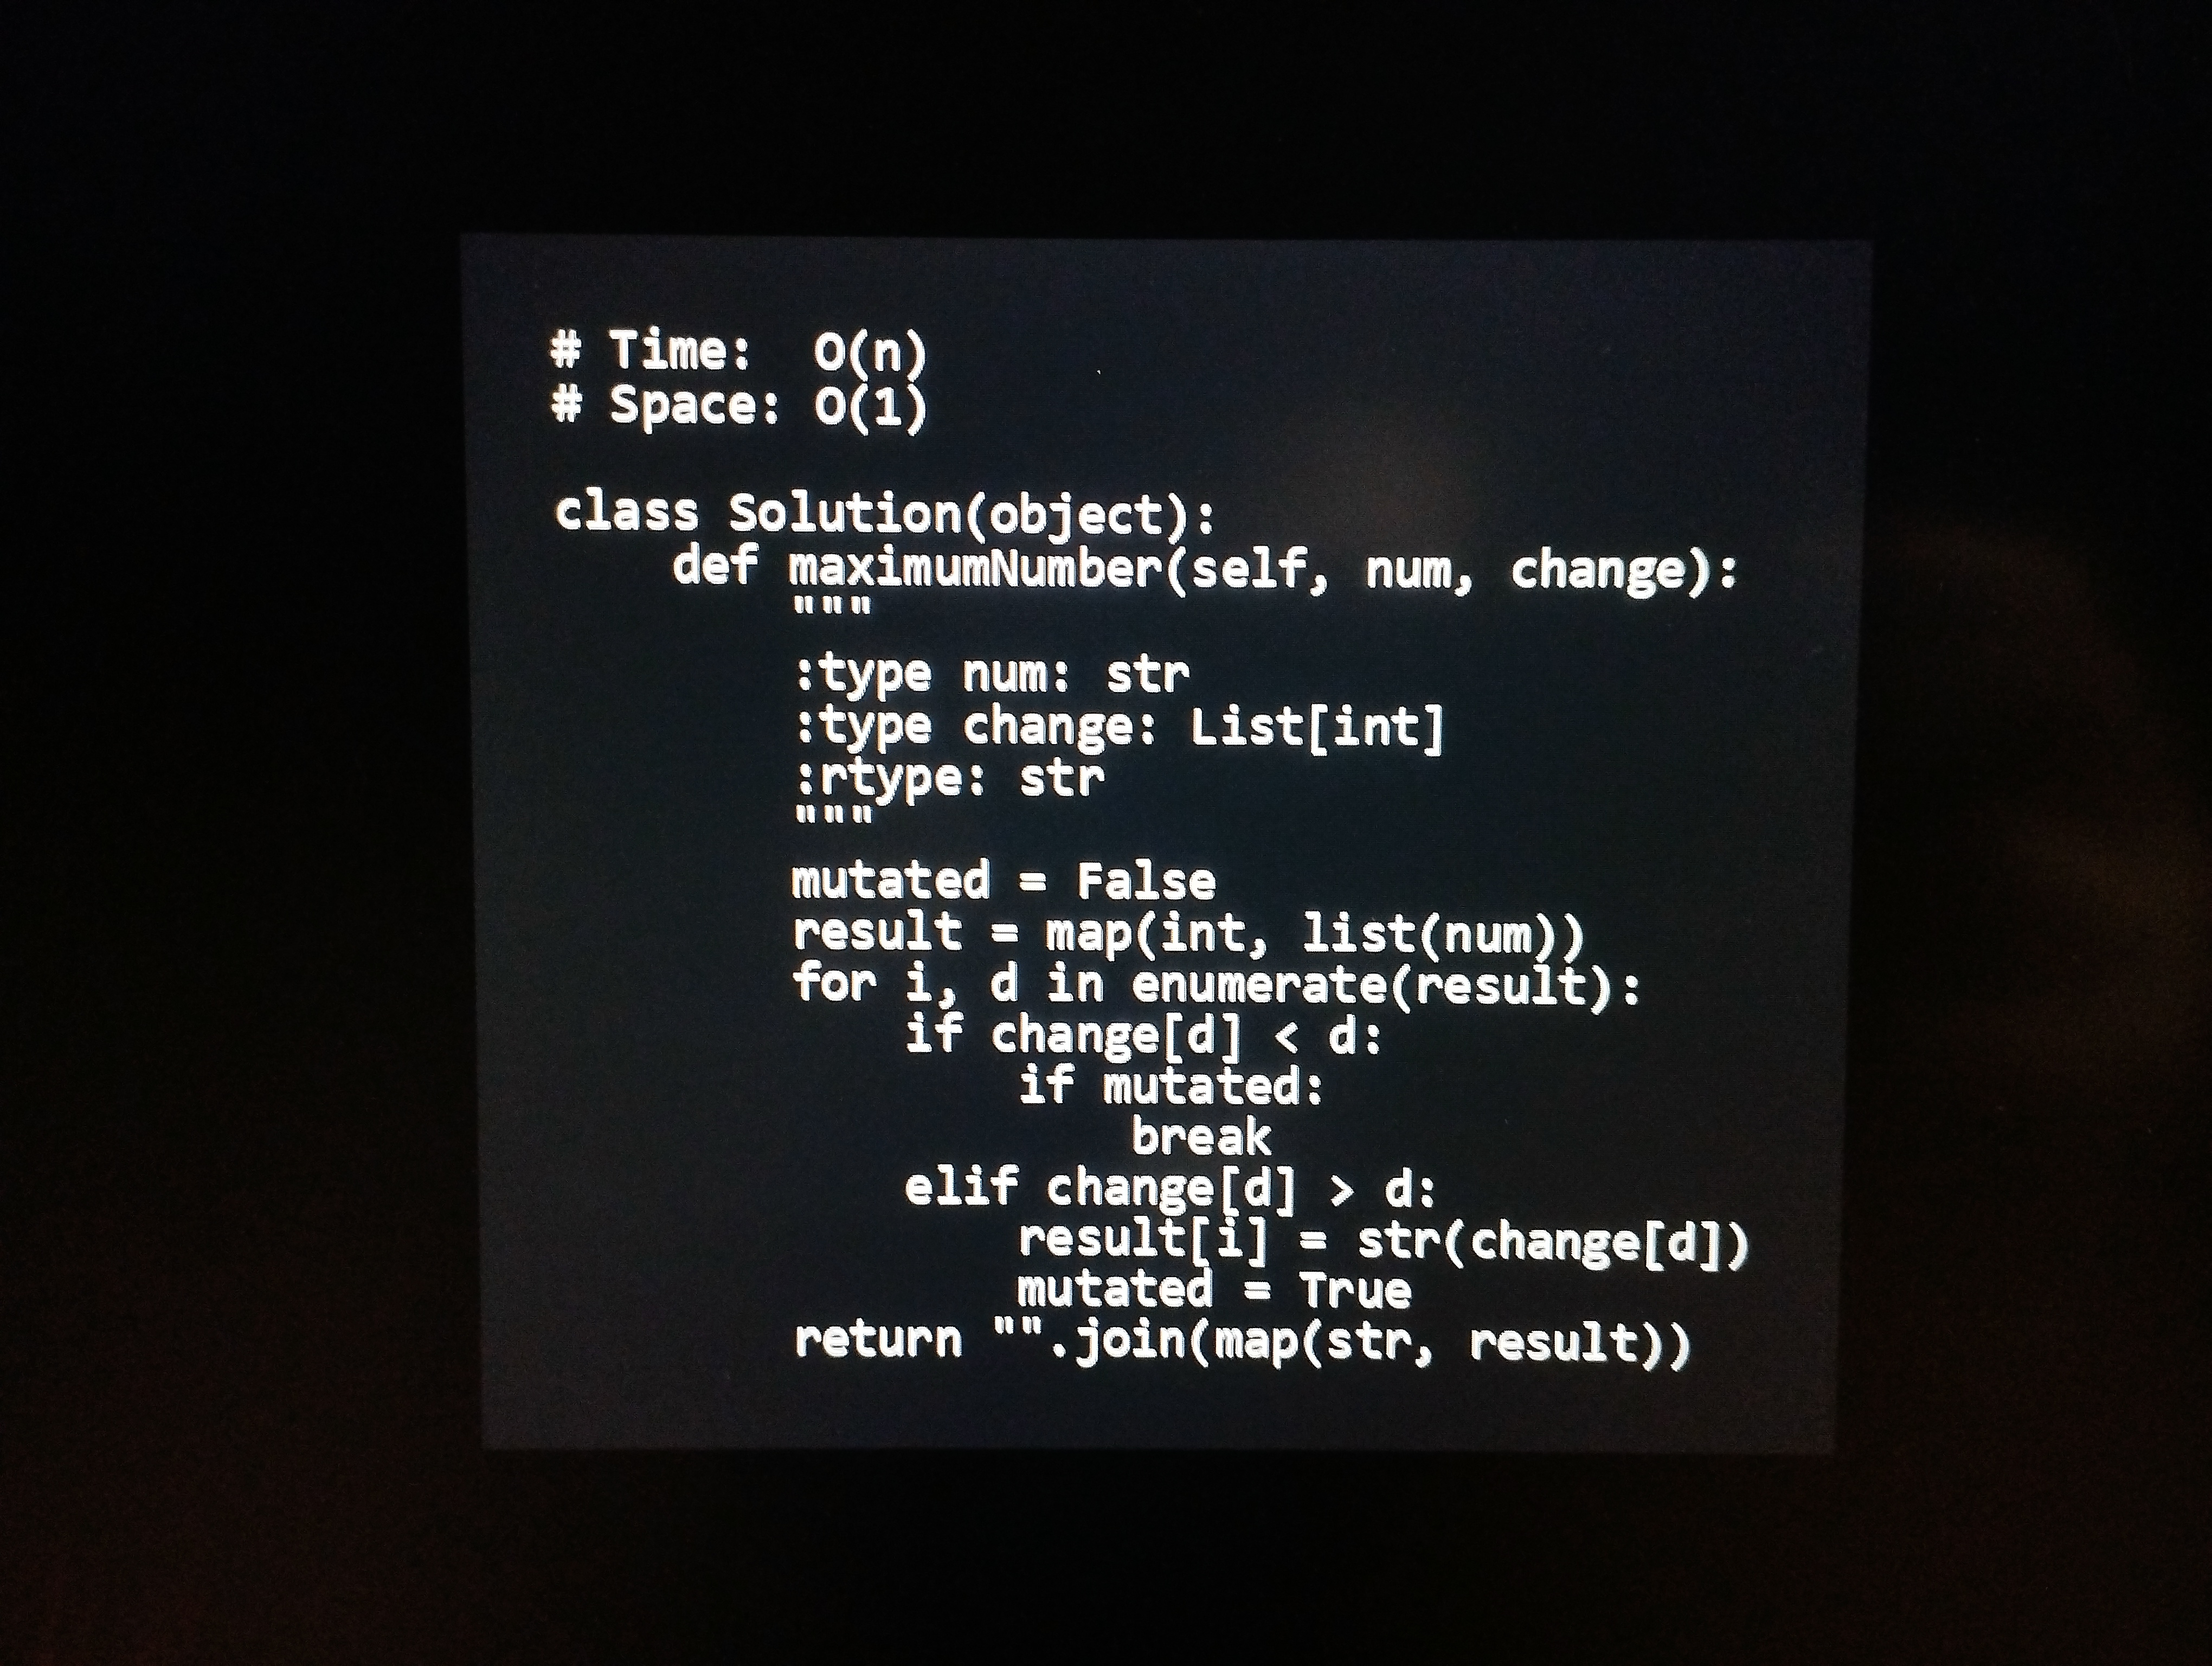
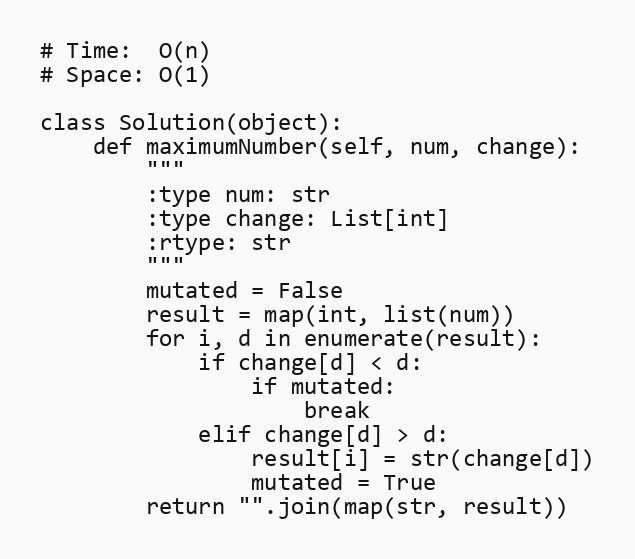
# Time:  O(n)
# Space: O(1)

class Solution(object):
    def maximumNumber(self, num, change):
        """
        :type num: str
        :type change: List[int]
        :rtype: str
        """
        mutated = False
        result = map(int, list(num))
        for i, d in enumerate(result):
            if change[d] < d:
                if mutated:
                    break
            elif change[d] > d:
                result[i] = str(change[d])
                mutated = True
        return "".join(map(str, result))